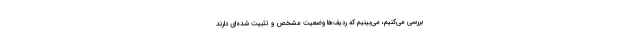
بررسی می‌کنیم، می‌بینیم که ردیف‌ها وضعیت مشخص و تثبیت شده‌ای دارند